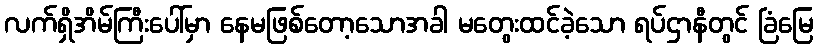
လက်ရှိအိမ်ကြီးပေါ်မှာ နေမဖြစ်တော့သောအခါ မတွေးထင်ခဲ့သော ရပ်ဌာနီတွင် ခြံမြေ